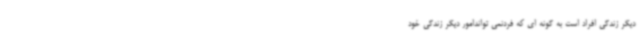
دیگر زندگی افراد است به گونه ای که فردنمی تواندامور دیگر زندگی خود